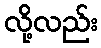
လို့လည်း